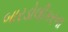
બારડોલીકરના